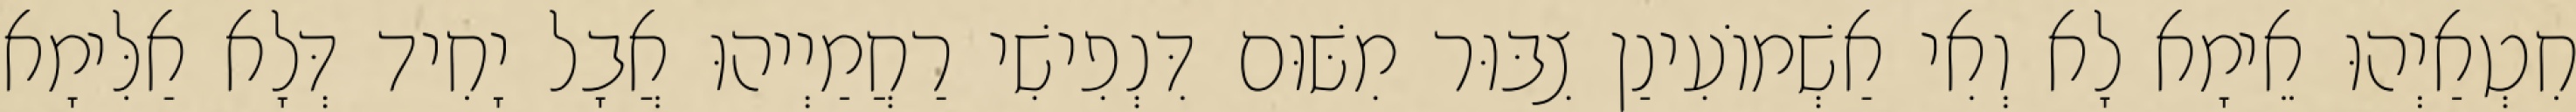
חִטְאַיְהוּ אֵימָא לָא וְאִי אַשְׁמוֹעִינַן צִבּוּר מִשּׁוּם דִּנְפִישִׁי רַחֲמַיְיהוּ אֲבָל יָחִיד דְּלָא אַלִּימָא